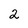
Character: 2